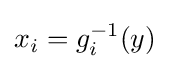
x_{i}=g_{i}^{-1}(y)